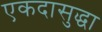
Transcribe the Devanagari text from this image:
एकदासुद्धा